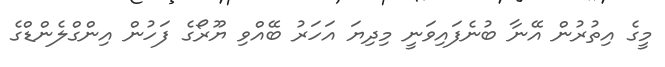
މީގެ އިތުރުން އޭނާ ބުނެފައިވަނީ މިދިޔަ އަހަރު ބޭއްވި ޔޫރޯގެ ފަހުން އިންގްލެންޑްގެ